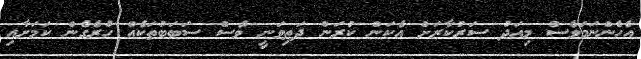
އެހެންނަމަވެސް މިއަދު ސަރުކާރަށް އެކަން ކުރަން ދަތިވަނީ ވެސް ސަބަބުތަކެއް ހުރެގެން ކަމަށާއި